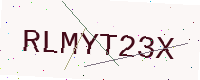
Text: RLMYT23X